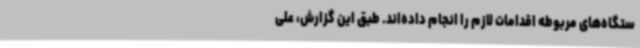
ستگاه‌های مربوطه اقدامات لازم را انجام داده‌اند. طبق این گزارش، علی